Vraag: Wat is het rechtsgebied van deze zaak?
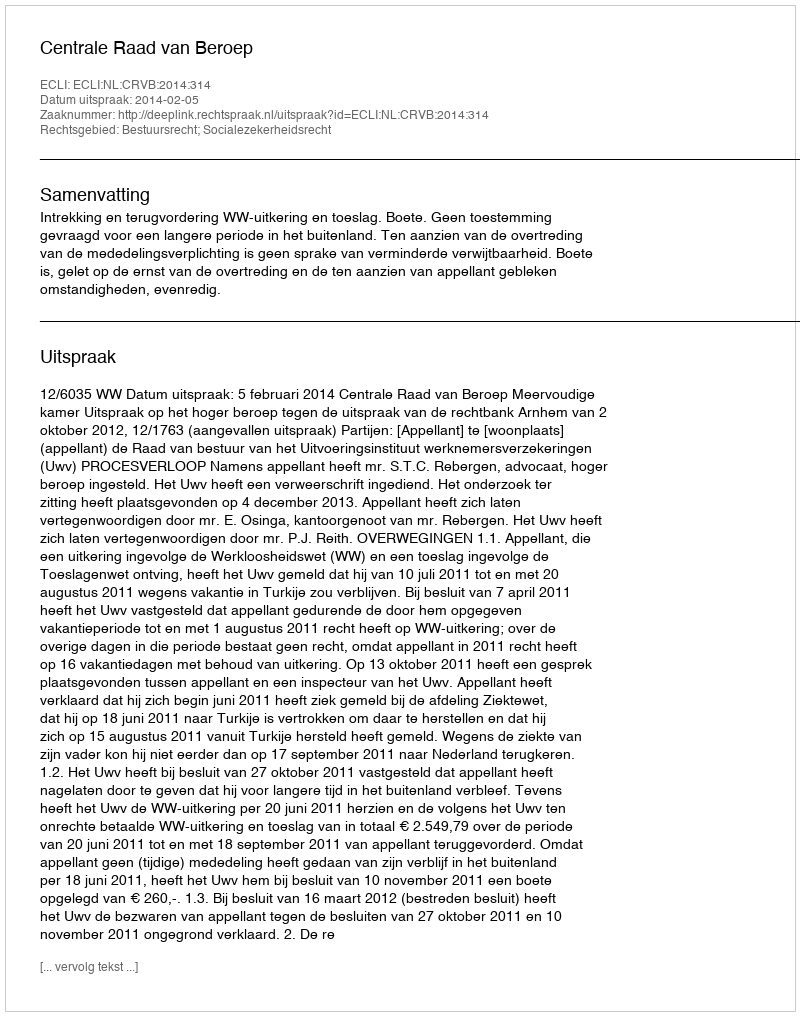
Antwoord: Bestuursrecht; Socialezekerheidsrecht